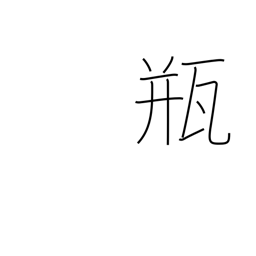
Meaning: vial